Report of the Indian Hemp Drugs Commission, 1894-1895 - Volume V
Year: 1894
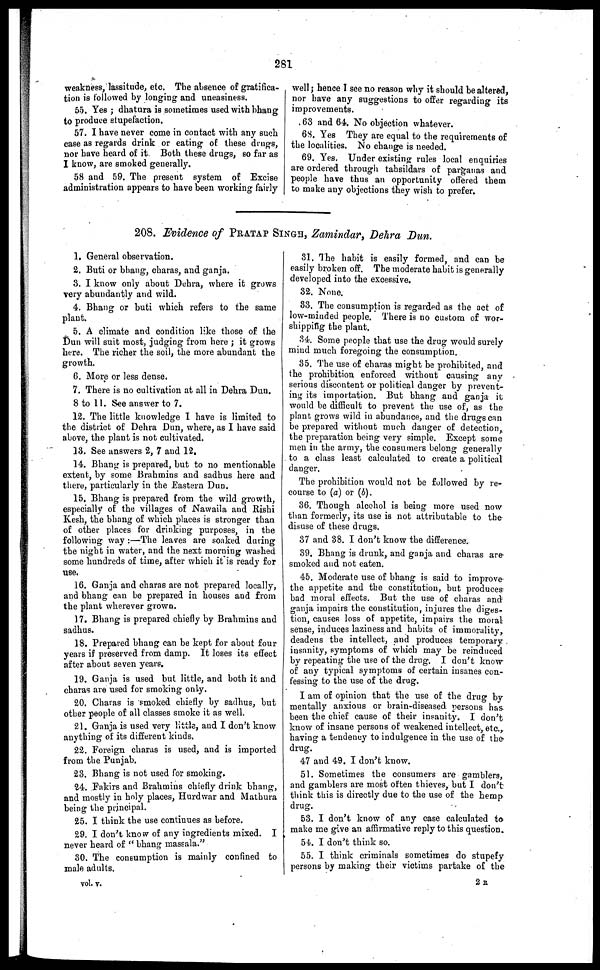
281
weakness, lassitude, etc. The absence of gratifica-
tion is followed by longing and uneasiness.
55. Yes; dhatura is sometimes used with bhang
to produce stupefaction.
57. I have never come in contact with any such
case as regards drink or eating of these drugs,
nor have heard of it. Both these drugs, so far as
I know, are smoked generally.
58 and 59. The present system of Excise
administration appears to have been working fairly
well; hence I see no reason why it should be altered,
nor have any suggestions to offer regarding its
improvements.
63 and 64. No objection whatever.
68. Yes They are equal to the requirements of
the localities. No change is needed.
69. Yes. Under existing rules local enquiries
are ordered through tabsildars of parganas and
people have thus an opportunity offered them
to make any objections they wish to prefer.
208. Evidence of PRATAP SINGH, Zamindar, Dehra Dun.
1. General observation.
2. Buti or bhang, charas, and ganja.
8. I know only about Dehra, where it grows
very abundantly and wild.
4. Bhang or buti which refers to the same
plant.
5. A climate and condition like those of the
Dun will suit most, judging from here; it grows
here. The richer the soil, the more abundant the
growth,
8. More or less dense.
7. There is no cultivation at all in Dehra Dun.
8 to 11. See answer to 7.
12. The little knowledge I have is limited to
the district of Dehra Dun, where, as I have said
above, the plant is not cultivated.
13. See answers 2, 7 and 12.
14. Bhang is prepared, but to no mentionable
extent, by some Brahmins and sadhus here and
there, particularly in the Eastern Dun.
15. Bhang is prepared from the wild growth,
especially of the villages of Nawaila and Rishi
Kesh, the bhang of which places is stronger than
of other places for drinking purposes, in the
following way:—The leaves are soaked dosing
the night in water, and the next morning washed
some hundreds of time, after which it is ready for
use.
16. Ganja and charas are not prepaid locally,
and bhang can be prepared in houses and from
the plant wherever grown.
17. Bhang is prepared chiefly by Brahmins and
sadhus.
18. Prepared bhang can be kept for about four
years if preserved from damp. It loses its effect
after about seven years.
19. Ganja is used but little, and both it. and
charas are used for smoking only.
20. Charas is smoked chiefly by sadhus, but
other people of all classes smoke it as well.
21. Ganja is used very little, and I don't know
anything of its different kinds.
22. Foreign charas is used, and is imported
from the Punjab.
23. Bhang is not used for smoking.
24. Fakirs and Brahmins chiefly drink bhang,
and mostly in holy places, Hurdwar and Mathura
being the principal.
25. I think the use continues as before.
29. I don't know of any ingredients mixed. I
never heard of "bhang masala."
30. The consumption is mainly confined to
male adults.
31. The habit is easily formed, and can be
easily broken off. The moderate habit is generally
developed into the excessive.
32. None.
33. The consumption is regarded as the act of
low-minded people. There is no custom of wor-
shipping the plant.
34. Some people that use the drug would surely
mind much foregoing the consumption.
35. The use of charas might be prohibited, and
the prohibition enforced without causing any
serious discontent or political danger by prevent-
ing its importation. But bhang and ganja it
would be difficult to prevent the use of, as the
plant grows wild in abundance, and the drugs can
be prepared without much danger of detection,
the preparation being very simple. Except some
men in the army, the consumers belong generally
to a class least calculated to create a political
danger.
The prohibition would not he followed by re-
course to (a) or (b).
36. Though alcohol is being more used now
than formerly, its use is not attributable to the
discuse of these drugs.
37 and 38. I don't know the difference.
39. Bhang is drunk, and ganja and charas are
smoked and not eaten.
45. Moderate use of bhang is said to improve
the appetite and the constitution, but produces
bad moral effects. But the use of charas and
ganja impairs the constitution, injures the diges
tion, causes loss of appetite, impairs the moral
sense, induces laziness and habits of immorality
deadens the intellect, and produces temporary
insanity, symptoms of which may be reinduced
by repeating the use of the drug. I don't know
of any typical symptoms of certain insanes con-
tessing to the use of the drug.
I am of opinion that the use of the drug by
mentally anxious or brain-diseased persons has
been the chief cause of their insanity. I DON'T
know of insane persons of weakened intellect, etc.,
having a tendency to indulgence in the use of the
drug.
47 and 49. I don't know.
51. Sometimes the consumers are gamblen,
and gamblers are most often thieves, but I don't
think this is dirctly due to the use of the hemp
drug.
53. I don't, know of any ease calculated to
make me give an affirmative reply to this question.
51. 1 don't third; so.
55. I think criminals sometimes do stupefy
persons by making thier victims partake of the
vol. v.
2 R